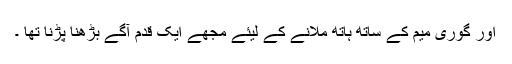
اور گوری میم کے ساتھ ہاتھ ملانے کے لیئے مجھے ایک قدم آگے بڑھنا پڑنا تھا ۔